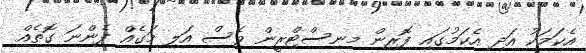
އެކަމަކު އަދި އެކަމުގައި ފޮރިން މިނިސްޓްރީން ވެސް އަލި މަގެއް ފެންނަ ގޮތެއް